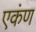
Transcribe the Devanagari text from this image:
एकंण